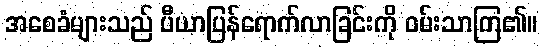
အစေခံများသည် ပီယာပြန်ရောက်လာခြင်းကို ဝမ်းသာကြ၏။